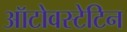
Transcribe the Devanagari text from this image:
ऑटोवस्टेटिन